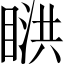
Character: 𥈰